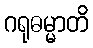
ဂရုဓမ္မာတိ